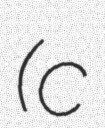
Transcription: (c